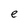
Character: e